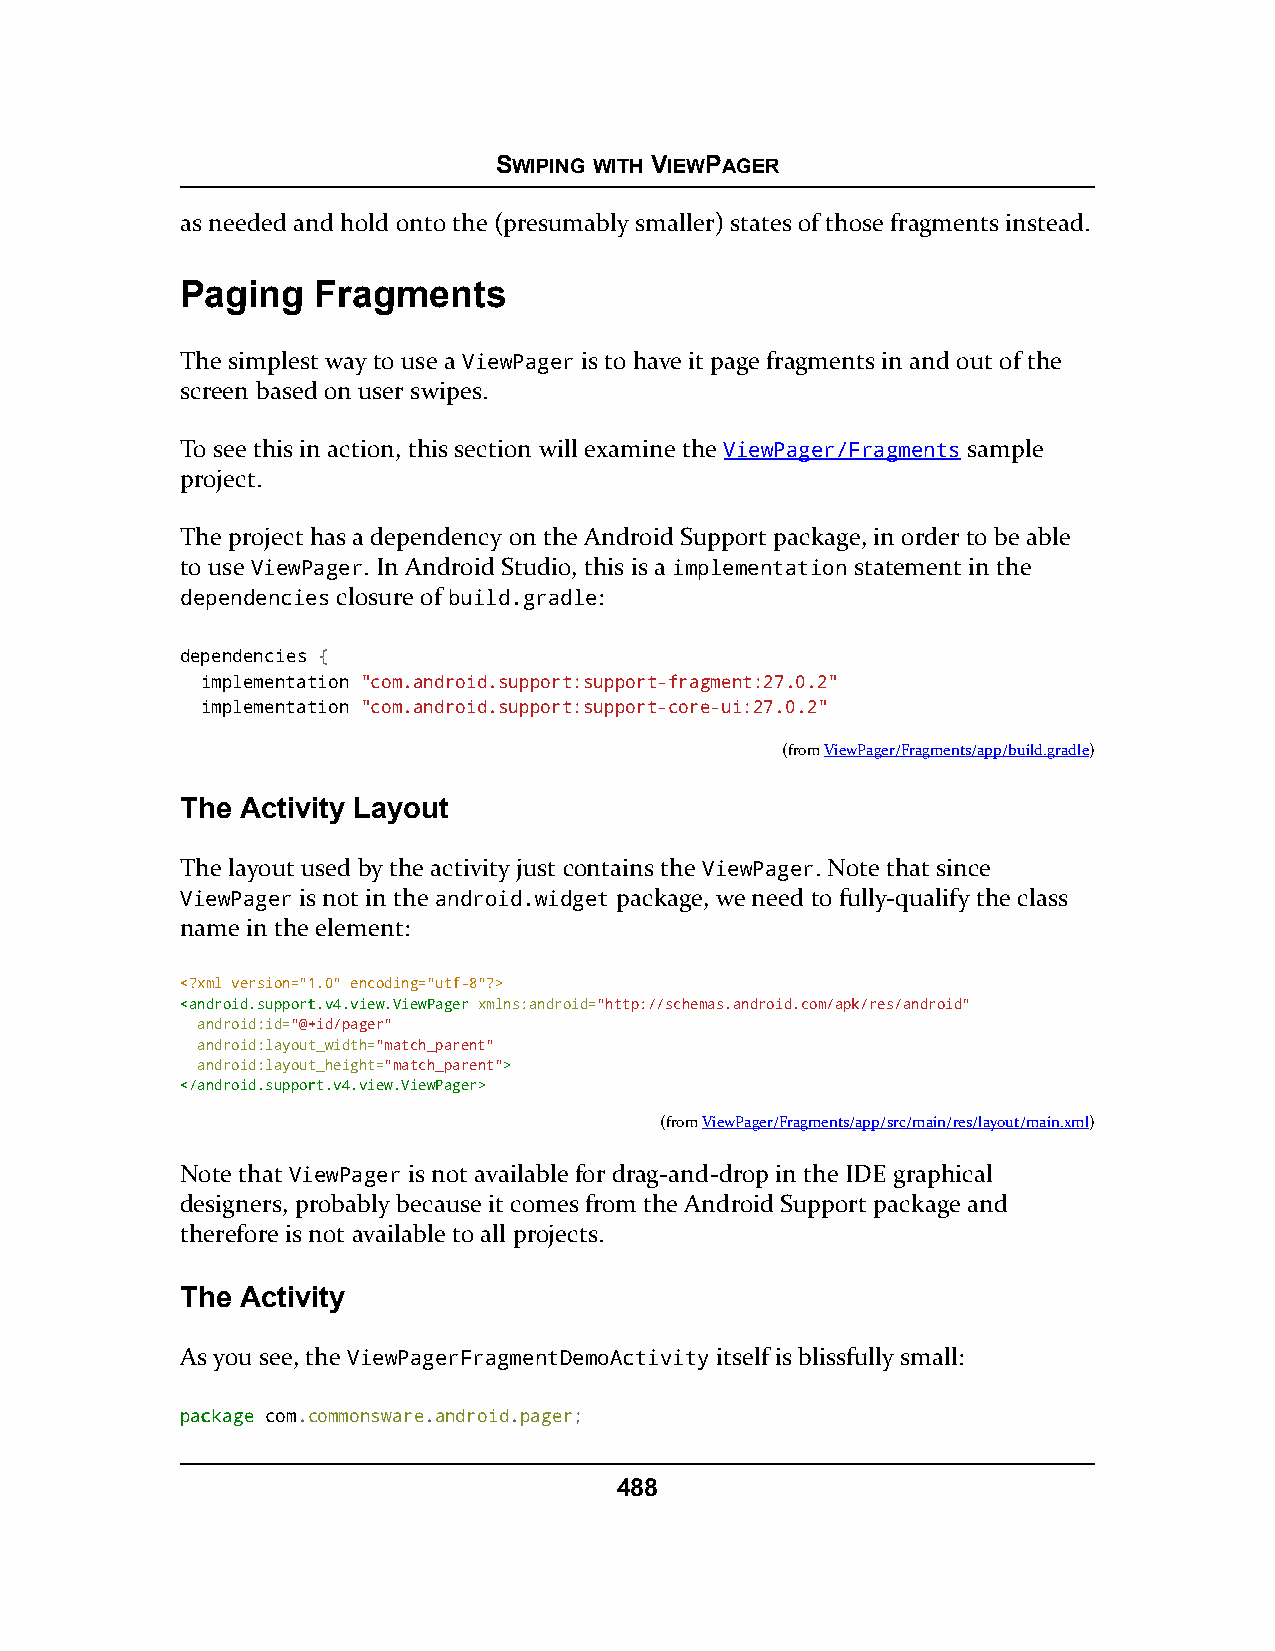
SWIPING WITH VIEWPAGER
 as needed and hold onto the (presumably smaller) states of those fragments instead.
 Paging   Fragments
 The simplest way to use a ViewPager is to have it page fragments in and out of the
 screen based on user swipes.
 To see this in action, this section will examine the ViewPager/Fragments sample
 project.
 The project has a dependency on the Android Support package, in order to be able
 to use ViewPager. In Android Studio, this is a implementation statement in the
 dependencies closure of build.gradle:
 dependencies {
 implementation "com.android.support:support-fragment:27.0.2"
 implementation "com.android.support:support-core-ui:27.0.2"
 (fromViewPager/Fragments/app/build.gradle)
 The Activity Layout
 The layout used by the activity just contains the ViewPager. Note that since
 ViewPager is not in the android.widget package, we need to fully-qualify the class
 name in the element:
 <?xml version="1.0" encoding="utf-8"?>
 <<aannddrrooiidd..ssuuppppoorrtt..vv44..vviieeww..VViieewwPPaaggeerr xmlns:android="http://schemas.android.com/apk/res/android"
 android:id="@+id/pager"
 android:layout_width="match_parent"
 android:layout_height="match_parent">>
 <<//aannddrrooiidd..ssuuppppoorrtt..vv44..vviieeww..VViieewwPPaaggeerr>>
 (fromViewPager/Fragments/app/src/main/res/layout/main.xml)
 Note that ViewPager is not available for drag-and-drop in the IDE graphical
 designers, probably because it comes from the Android Support package and
 therefore is not available to all projects.
 The Activity
 As you see, the ViewPagerFragmentDemoActivity itself is blissfully small:
 ppaacckkaaggee com.commonsware.android.pager;
 488